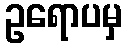
ဥရောပမှ